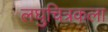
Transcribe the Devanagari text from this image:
लघुचित्रकला